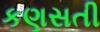
કણસતી